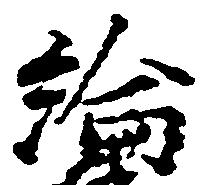
綸